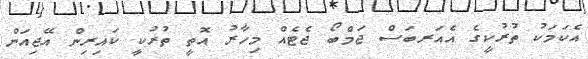
އެކަމަކު ތުރުކީގެ އެއަރބަސް ޖަމްބޯ ޖެޓެއް މިހާރު އޮތީ ތުރުކީ ކައިރިން އޭޖިއަން